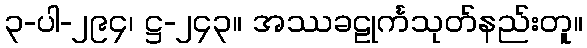
၃-ပါ-၂၉၄၊ ဋ္ဌ-၂၄၃။ အဿခဠုင်္ကသုတ်နည်းတူ။